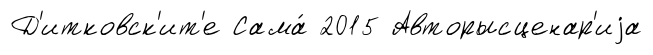
Д'итковск'ит'е Сама́ 2015 Авторысценар'иjа